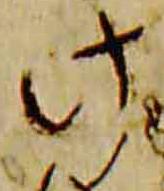
此